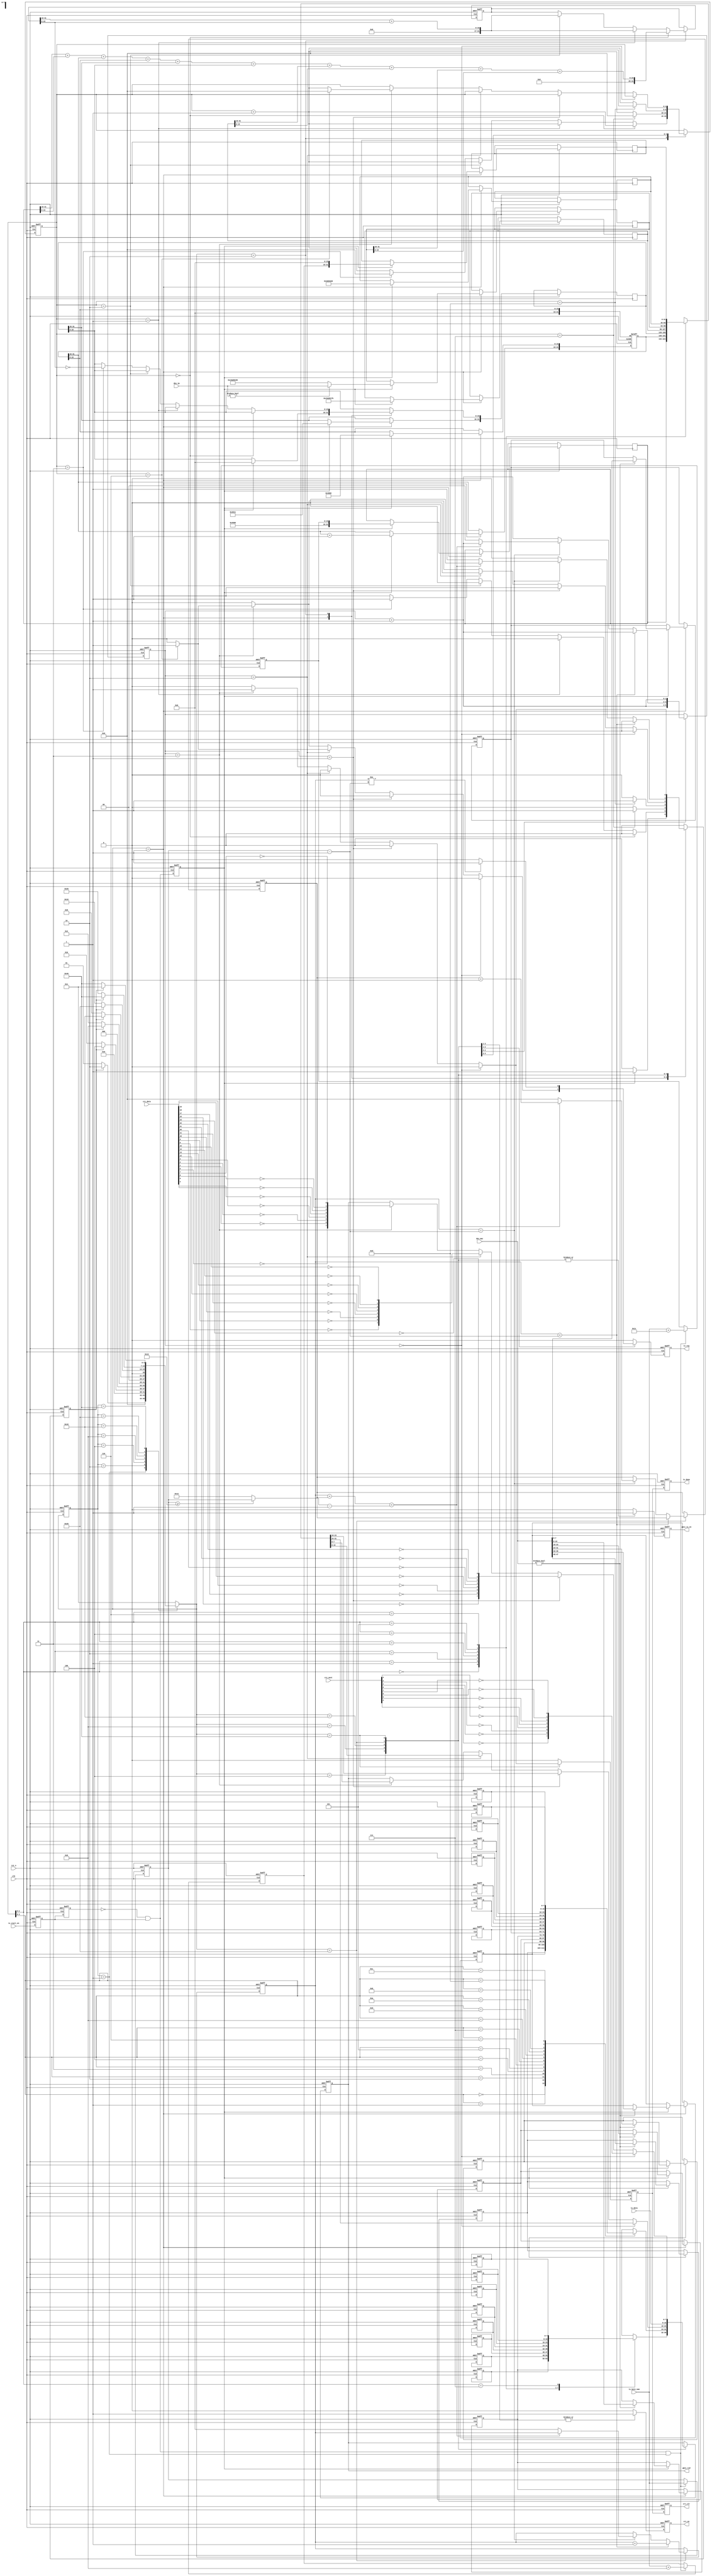
//****************************************Copyright (c)***********************************//
//www.yuanzige.com
//www.openedv.com
//http://openedv.taobao.com 
//""ZYNQ & FPGA & STM32 & LINUX
//
//Copyright(C)  2018-2028
//All rights reserved                                  
//----------------------------------------------------------------------------------------
// File name:           udp_tx
// Last modified Date:  2020/2/18 9:20:14
// Last Version:        V1.0
// Descriptions:        
//----------------------------------------------------------------------------------------
// Created by:          
// Created date:        2020/2/18 9:20:14
// Version:             V1.0
// Descriptions:        The original version
//
//----------------------------------------------------------------------------------------
//****************************************************************************************//

module udp_tx(    
    input                clk        , //
    input                rst_n      , //
    
    input                tx_start_en, //
    input        [7:0]  tx_data    , //  
    input        [15:0]  tx_byte_num, //
    input        [47:0]  des_mac    , //MAC
    input        [31:0]  des_ip     , //IP    
    input        [31:0]  crc_data   , //CRC
    input         [7:0]  crc_next   , //CRC
    output  reg          tx_done    , //
    output  reg          tx_req     , //
    output  reg          gmii_tx_en , //GMII
    output  reg  [7:0]   gmii_txd   , //GMII
    output  reg          crc_en     , //CRC
    output  reg          crc_clr      //CRC 
    );

//parameter define
//MAC 00-11-22-33-44-55
parameter BOARD_MAC = 48'h00_11_22_33_44_55;
//IP 192.168.1.123     
parameter BOARD_IP  = {8'd192,8'd168,8'd1,8'd123}; 
//MAC ff_ff_ff_ff_ff_ff
parameter  DES_MAC   = 48'hff_ff_ff_ff_ff_ff;
//IP 192.168.1.102     
parameter  DES_IP    = {8'd192,8'd168,8'd1,8'd102};

localparam  st_idle      = 7'b000_0001; //
localparam  st_check_sum = 7'b000_0010; //IP
localparam  st_preamble  = 7'b000_0100; //+
localparam  st_eth_head  = 7'b000_1000; //
localparam  st_ip_head   = 7'b001_0000; //IP+UDP
localparam  st_tx_data   = 7'b010_0000; //
localparam  st_crc       = 7'b100_0000; //CRC

localparam  ETH_TYPE     = 16'h0800  ;  // IP
//46IP20+UDP8
//46-20-8=18
localparam  MIN_DATA_NUM = 16'd18    ;    

//reg define
(*mark_debug="true"*) reg  [6:0]   cur_state      ;
(*mark_debug="true"*) reg  [6:0]   next_state     ;
                            
reg  [7:0]   preamble[7:0]  ; //
reg  [7:0]   eth_head[13:0] ; //
reg  [31:0]  ip_head[6:0]   ; //IP + UDP
                            
reg          start_en_d0    ;
reg          start_en_d1    ;
reg  [15:0]  tx_data_num    ; //
reg  [15:0]  total_num      ; //
reg          trig_tx_en     ;
reg  [15:0]  udp_num        ; //UDP
reg          skip_en        ; //
reg  [4:0]   cnt            ;
reg  [31:0]  check_buffer   ; //
reg  [1:0]   tx_bit_sel     ;
reg  [15:0]  data_cnt       ; //
reg          tx_done_t      ;
reg  [4:0]   real_add_cnt   ; //
                                    
//wire define                       
(*mark_debug="true"*) wire         pos_start_en    ;//
(*mark_debug="true"*) wire [15:0]  real_tx_data_num;//()
//*****************************************************
//**                    main code
//*****************************************************

assign  pos_start_en = (~start_en_d1) & start_en_d0;
assign  real_tx_data_num = (tx_data_num >= MIN_DATA_NUM) 
                           ? tx_data_num : MIN_DATA_NUM; 
                           
//tx_start_en
always @(posedge clk or negedge rst_n) begin
    if(!rst_n) begin
        start_en_d0 <= 1'b0;
        start_en_d1 <= 1'b0;
    end    
    else begin
        start_en_d0 <= tx_start_en;
        start_en_d1 <= start_en_d0;
    end
end 

//
always @(posedge clk or negedge rst_n) begin
    if(!rst_n) begin
        tx_data_num <= 16'd0;
        total_num <= 16'd0;
        udp_num <= 16'd0;
    end
    else begin
        if(pos_start_en && cur_state==st_idle) begin
            //
            tx_data_num <= tx_byte_num;        
            //IP+IP            
            total_num <= tx_byte_num + 16'd28;  
            //UDP+UDP            
            udp_num <= tx_byte_num + 16'd8;               
        end    
    end
end

//
always @(posedge clk or negedge rst_n) begin
    if(!rst_n) 
        trig_tx_en <= 1'b0;
    else
        trig_tx_en <= pos_start_en;

end

always @(posedge clk or negedge rst_n) begin
    if(!rst_n)
        cur_state <= st_idle;  
    else
        cur_state <= next_state;
end

always @(*) begin
    next_state = st_idle;
    case(cur_state)
        st_idle     : begin                               //
            if(skip_en)                
                next_state = st_check_sum;
            else
                next_state = st_idle;
        end  
        st_check_sum: begin                               //IP
            if(skip_en)
                next_state = st_preamble;
            else
                next_state = st_check_sum;    
        end                             
        st_preamble : begin                               //+
            if(skip_en)
                next_state = st_eth_head;
            else
                next_state = st_preamble;      
        end
        st_eth_head : begin                               //
            if(skip_en)
                next_state = st_ip_head;
            else
                next_state = st_eth_head;      
        end              
        st_ip_head : begin                                //IP+UDP               
            if(skip_en)
                next_state = st_tx_data;
            else
                next_state = st_ip_head;      
        end
        st_tx_data : begin                                //                  
            if(skip_en)
                next_state = st_crc;
            else
                next_state = st_tx_data;      
        end
        st_crc: begin                                     //CRC
            if(skip_en)
                next_state = st_idle;
            else
                next_state = st_crc;      
        end
        default : next_state = st_idle;   
    endcase
end                      

//
always @(posedge clk or negedge rst_n) begin
    if(!rst_n) begin
        skip_en <= 1'b0; 
        cnt <= 5'd0;
        check_buffer <= 32'd0;
        ip_head[1][31:16] <= 16'd0;
        tx_bit_sel <= 2'b0;
        crc_en <= 1'b0;
        gmii_tx_en <= 1'b0;
        gmii_txd <= 8'd0;
        tx_req <= 1'b0;
        tx_done_t <= 1'b0; 
        data_cnt <= 16'd0;
        real_add_cnt <= 5'd0;
        //    
        // 78'h55 + 18'hd5
        preamble[0] <= 8'h55;                 
        preamble[1] <= 8'h55;
        preamble[2] <= 8'h55;
        preamble[3] <= 8'h55;
        preamble[4] <= 8'h55;
        preamble[5] <= 8'h55;
        preamble[6] <= 8'h55;
        preamble[7] <= 8'hd5;
        //MAC
        eth_head[0] <= DES_MAC[47:40];
        eth_head[1] <= DES_MAC[39:32];
        eth_head[2] <= DES_MAC[31:24];
        eth_head[3] <= DES_MAC[23:16];
        eth_head[4] <= DES_MAC[15:8];
        eth_head[5] <= DES_MAC[7:0];
        //MAC
        eth_head[6] <= BOARD_MAC[47:40];
        eth_head[7] <= BOARD_MAC[39:32];
        eth_head[8] <= BOARD_MAC[31:24];
        eth_head[9] <= BOARD_MAC[23:16];
        eth_head[10] <= BOARD_MAC[15:8];
        eth_head[11] <= BOARD_MAC[7:0];
        //
        eth_head[12] <= ETH_TYPE[15:8];
        eth_head[13] <= ETH_TYPE[7:0];        
    end
    else begin
        skip_en <= 1'b0;
        tx_req <= 1'b0;
        crc_en <= 1'b0;
        gmii_tx_en <= 1'b0;
        tx_done_t <= 1'b0;
        case(next_state)
            st_idle     : begin
                if(trig_tx_en) begin
                    skip_en <= 1'b1; 
                    //4 5(:32bit,20byte/4=5)
                    ip_head[0] <= {8'h45,8'h00,total_num};   
                    //161      
                    ip_head[1][31:16] <= ip_head[1][31:16] + 1'b1; 
                    //bit[15:13]: 010
                    ip_head[1][15:0] <= 16'h4000;    
                    //17(udp)                  
                    ip_head[2] <= {8'h40,8'd17,16'h0};   
                    //IP               
                    ip_head[3] <= BOARD_IP;
                    //IP    
                    if(des_ip != 32'd0)
                        ip_head[4] <= des_ip;
                    else
                        ip_head[4] <= DES_IP;       
                    //161234  161234                      
                    ip_head[5] <= {16'd1234,16'd1234};  
                    //16udp16udp              
                    ip_head[6] <= {udp_num,16'h0000};  
                    //MAC
                    if(des_mac != 48'b0) begin
                        //MAC
                        eth_head[0] <= des_mac[47:40];
                        eth_head[1] <= des_mac[39:32];
                        eth_head[2] <= des_mac[31:24];
                        eth_head[3] <= des_mac[23:16];
                        eth_head[4] <= des_mac[15:8];
                        eth_head[5] <= des_mac[7:0];
                    end
                end    
            end                                                       
            st_check_sum: begin                           //IP
                cnt <= cnt + 5'd1;
                if(cnt == 5'd0) begin                   
                    check_buffer <= ip_head[0][31:16] + ip_head[0][15:0]
                                    + ip_head[1][31:16] + ip_head[1][15:0]
                                    + ip_head[2][31:16] + ip_head[2][15:0]
                                    + ip_head[3][31:16] + ip_head[3][15:0]
                                    + ip_head[4][31:16] + ip_head[4][15:0];
                end
                else if(cnt == 5'd1)                      //,
                    check_buffer <= check_buffer[31:16] + check_buffer[15:0];
                else if(cnt == 5'd2) begin                //,
                    check_buffer <= check_buffer[31:16] + check_buffer[15:0];
                end                             
                else if(cnt == 5'd3) begin                // 
                    skip_en <= 1'b1;
                    cnt <= 5'd0;            
                    ip_head[2][15:0] <= ~check_buffer[15:0];
                end    
            end              
            st_preamble : begin                           //+
                gmii_tx_en <= 1'b1;
                gmii_txd <= preamble[cnt];
                if(cnt == 5'd7) begin                        
                    skip_en <= 1'b1;
                    cnt <= 5'd0;    
                end
                else    
                    cnt <= cnt + 5'd1;                     
            end
            st_eth_head : begin                           //
                gmii_tx_en <= 1'b1;
                crc_en <= 1'b1;
                gmii_txd <= eth_head[cnt];
                if (cnt == 5'd13) begin
                    skip_en <= 1'b1;
                    cnt <= 5'd0;
                end    
                else    
                    cnt <= cnt + 5'd1;    
            end                    
            st_ip_head  : begin                           //IP + UDP
                crc_en <= 1'b1;
                gmii_tx_en <= 1'b1;
                tx_bit_sel <= tx_bit_sel + 2'd1;
                if(tx_bit_sel == 3'd0)
                    gmii_txd <= ip_head[cnt][31:24];
                else if(tx_bit_sel == 3'd1)
                    gmii_txd <= ip_head[cnt][23:16];
                else if(tx_bit_sel == 3'd2) begin
                    gmii_txd <= ip_head[cnt][15:8];
                    if(cnt == 5'd6) begin
                        //
                        tx_req <= 1'b1;                     
                    end
                end 
                else if(tx_bit_sel == 3'd3) begin
                    gmii_txd <= ip_head[cnt][7:0];  
                    if(cnt == 5'd6) begin
                        skip_en <= 1'b1;
                        tx_req <= 1'b1;  
                        cnt <= 5'd0;
                    end    
                    else
                        cnt <= cnt + 5'd1;  
                end        
            end
            st_tx_data  : begin                           //
                crc_en <= 1'b1;
                gmii_tx_en <= 1'b1;
                tx_bit_sel <= tx_bit_sel + 3'd1;  
                if(data_cnt < tx_data_num - 16'd1)
                    data_cnt <= data_cnt + 16'd1;                        
                else if(data_cnt == tx_data_num - 16'd1)begin
                    //18
                    //
                    gmii_txd <= 8'd0;
                    if(data_cnt + real_add_cnt < real_tx_data_num - 16'd1)
                        real_add_cnt <= real_add_cnt + 5'd1;  
                    else begin
                        skip_en <= 1'b1;
                        data_cnt <= 16'd0;
                        real_add_cnt <= 5'd0;
                        tx_bit_sel <= 3'd0;                        
                    end    
                end
                // if(tx_bit_sel == 1'b0)
                //     gmii_txd <= tx_data[31:24];
                // else if(tx_bit_sel == 3'd1)
                //     gmii_txd <= tx_data[23:16];                   
                // else if(tx_bit_sel == 3'd2) begin
                gmii_txd <= tx_data;   
                if(data_cnt != tx_data_num - 16'd1)
                    tx_req <= 1'b1;  
                // end
                // else if(tx_bit_sel == 3'd3)
                //     gmii_txd <= tx_data[7:0];                                                                                                
            end  
            st_crc      : begin                          //CRC
                gmii_tx_en <= 1'b1;
                tx_bit_sel <= tx_bit_sel + 3'd1;
                if(tx_bit_sel == 3'd0)
                    gmii_txd <= {~crc_next[0], ~crc_next[1], ~crc_next[2],~crc_next[3],
                                 ~crc_next[4], ~crc_next[5], ~crc_next[6],~crc_next[7]};
                else if(tx_bit_sel == 3'd1)
                    gmii_txd <= {~crc_data[16], ~crc_data[17], ~crc_data[18],~crc_data[19],
                                 ~crc_data[20], ~crc_data[21], ~crc_data[22],~crc_data[23]};
                else if(tx_bit_sel == 3'd2) begin
                    gmii_txd <= {~crc_data[8], ~crc_data[9], ~crc_data[10],~crc_data[11],
                                 ~crc_data[12], ~crc_data[13], ~crc_data[14],~crc_data[15]};                              
                end
                else if(tx_bit_sel == 3'd3) begin
                    gmii_txd <= {~crc_data[0], ~crc_data[1], ~crc_data[2],~crc_data[3],
                                 ~crc_data[4], ~crc_data[5], ~crc_data[6],~crc_data[7]};  
                    tx_done_t <= 1'b1;
                    skip_en <= 1'b1;
                end                                                                                                                                            
            end                          
            default :;  
        endcase                                             
    end
end            

//crc
always @(posedge clk or negedge rst_n) begin
    if(!rst_n) begin
        tx_done <= 1'b0;
        crc_clr <= 1'b0;
    end
    else begin
        tx_done <= tx_done_t;
        crc_clr <= tx_done_t;
    end
end

endmodule